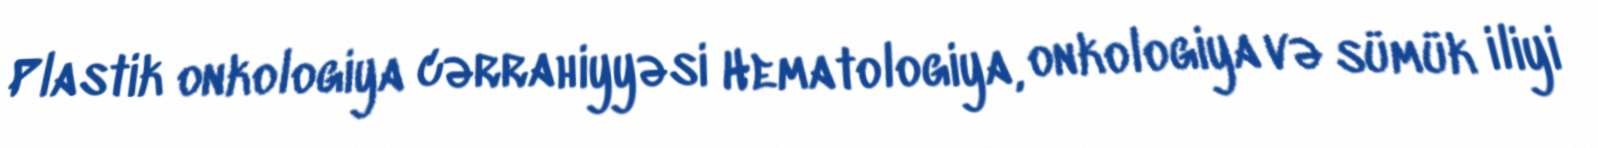
Plastik onkologiya cərrahiyyəsi Hematologiya, onkologiya və sümük iliyi